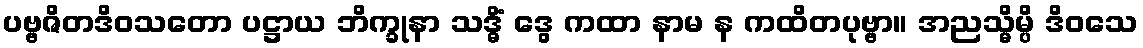
ပဗ္ဗဇိတဒိဝသတော ပဋ္ဌာယ ဘိက္ခုနာ သဒ္ဓိံ ဒွေ ကထာ နာမ န ကထိတပုဗ္ဗာ။ အညသ္မိမ္ပိ ဒိဝသေ